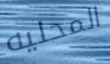
المحليه